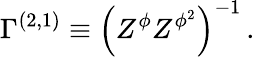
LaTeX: {\Gamma}^{(2,1)}\equiv\left(Z^{\phi}Z^{\phi^{2}}\right)^{-1}\, .